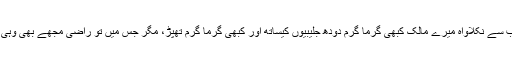
بوڑھے ملنگ نے آسمان کی جانب نِگاہ اتھائی اور اس کے لَب سے نِکلاواہ میرے مالک کبھی گَرما گَرم دودھ جلیبیوں کیساتھ اور کبھی گَرما گَرم تھپڑ، مگر جِس میں تو راضی مجھے بھی وہی پسند ہے، یہ کہتا ہوا وہ ایک بار پھر اپنے راستے پر چَل دِیا۔